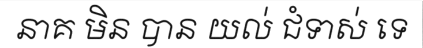
នាគ មិន បាន យល់ ជំទាស់ ទេ